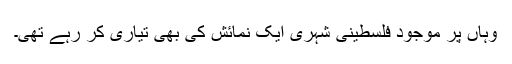
وہاں پر موجود فلسطینی شہری ایک نمائش کی بھی تیاری کر رہے تھی۔